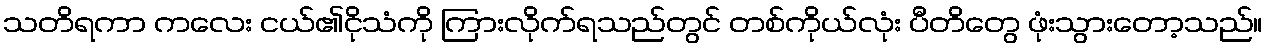
သတိရကာ ကလေး ငယ်၏ငိုသံကို ကြားလိုက်ရသည်တွင် တစ်ကိုယ်လုံး ပီတိတွေ ဖုံးသွားတော့သည်။